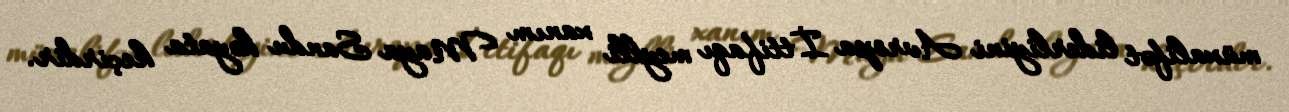
müxalifət liderliyini Avropa İttifaqı meylli xanım Maya Sandu həyata keçirdir.